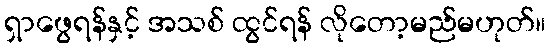
ရှာဖွေရန်နှင့် အသစ် ထွင်ရန် လိုတော့မည်မဟုတ်။